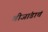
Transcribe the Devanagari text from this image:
बीजांडाचे